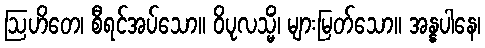
ဩဟိတေ၊ စီရင်အပ်သော။ ဝိပုလသ္မိံ၊ များမြတ်သော။ အန္နပါနေ၊